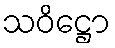
သဝိဋ္ဌော